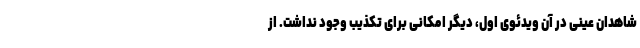
شاهدان عینی در آن ویدئوی اول، دیگر امکانی برای تکذیب وجود نداشت. از